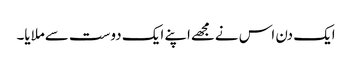
ایک دن اس نےمجھےاپنے ایک دوست سےملایا۔